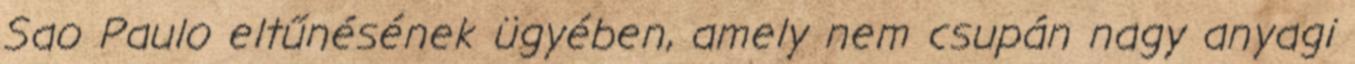
Sao Paulo eltűnésének ügyében, amely nem csupán nagy anyagi